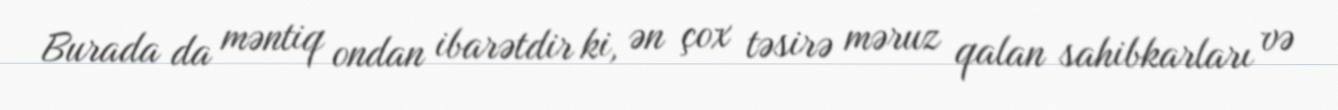
Burada da məntiq ondan ibarətdir ki, ən çox təsirə məruz qalan sahibkarları və